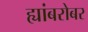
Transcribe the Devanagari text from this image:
ह्यांबरोबर